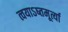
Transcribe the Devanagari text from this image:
त्वयाऽष्तमूर्त्या